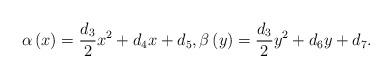
LaTeX: \begin{align*}\alpha \left( x\right) =\frac{d_{3}}{2}x^{2}+d_{4}x+d_{5},\beta\left( y\right) =\frac{d_{3}}{2}y^{2}+d_{6}y+d_{7}. \end{align*}